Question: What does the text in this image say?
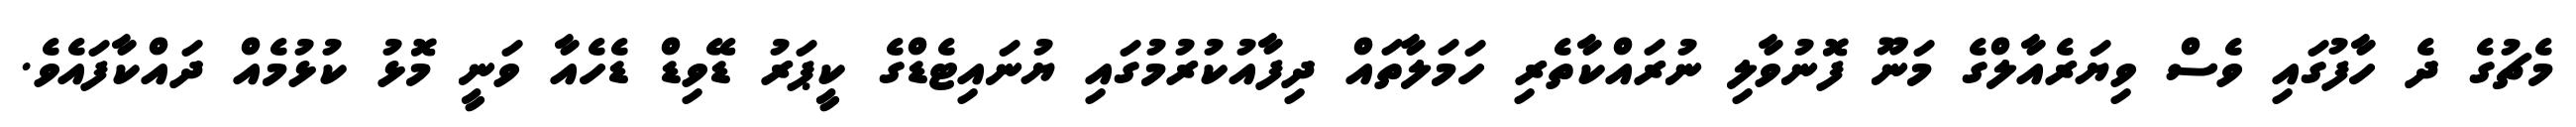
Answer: މެޗުގެ ދެ ހާފުގައި ވެސް ވިޔަރެއާލްގެ މަނޫ ފޮނުވާލި ނުރައްކާތެރި ހަމަލާތައް ދިފާއުކުރުމުގައި ޔުނައިޓެޑްގެ ކީޕަރު ޑޭވިޑް ޑެހެއާ ވަނީ މޮޅު ކުޅުމެއް ދައްކާފައެވެ.